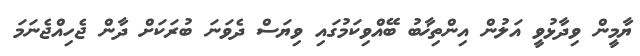
ޔާމީން ވިދާޅުވީ އަލުން އިންތިޚާބު ބޭއްވިކަމުގައި ވިޔަސް ދެވަނަ ބުރަކަށް ދާން ޖެހިއްޖެނަމަ